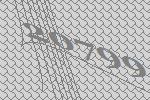
20799